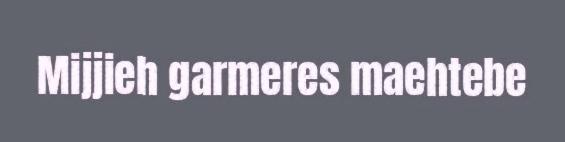
Mijjieh garmeres maehtebe